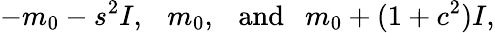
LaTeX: -m_{0}-s^{2}I,~~~m_{0},~~~\mathrm{and}~~~m_{0}+(1+c^{2})I,